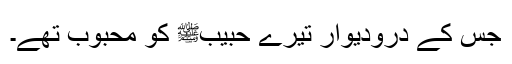
جس کے درودیوار تیرے حبیبﷺ کو محبوب تھے۔